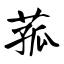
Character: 菰